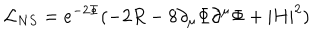
LaTeX: \mathcal { L } _ { N S } = e ^ { - 2 \Phi } ( - 2 R - 8 \partial _ { \mu } \Phi \partial ^ { \mu } \Phi + | H | ^ { 2 } )